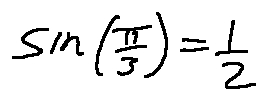
\sin ( \frac { \pi } { 3 } ) = \frac { 1 } { 2 }